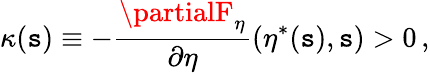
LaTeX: \kappa(\mathtt{s})\equiv-\frac{{\partialF_{\eta}}}{{\partial\eta}}(\eta^{\ast}(\mathtt{s}),\mathtt{s})>0\, ,